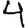
Digit: 4